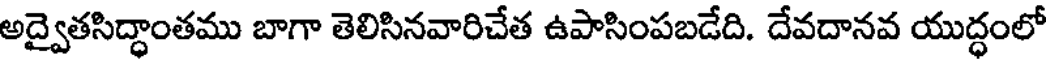
అద్వైతసిద్ధాంతము బాగా తెలిసినవారిచేత ఉపాసింపబడేది. దేవదానవ యుద్ధంలో